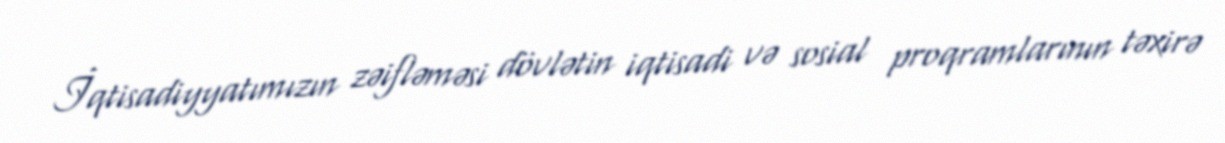
İqtisadiyyatımızın zəifləməsi dövlətin iqtisadi və sosial proqramlarının təxirə